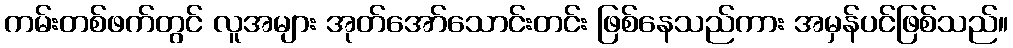
ကမ်းတစ်ဖက်တွင် လူအများ အုတ်အော်သောင်းတင်း ဖြစ်နေသည်ကား အမှန်ပင်ဖြစ်သည်။